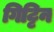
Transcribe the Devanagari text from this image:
गिट्टिन